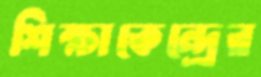
শিক্ষাকেন্দ্রের